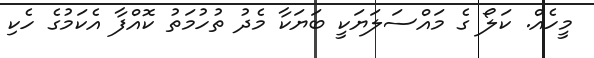
މީހެއް. ކަލޯ ގެ މައްސަލަޔަކީ ބަޔަކާ މެދު ތުހުމަތު ކޮއްފާ އެކަމުގެ ހެކި